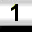
Digit: 1